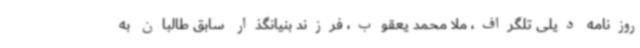
روزنامه دیلی تلگراف، ملا محمد یعقوب، فرزند بنیانگذار سابق طالبان به